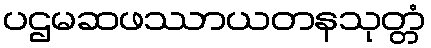
ပဌမဆဖဿာယတနသုတ္တံ